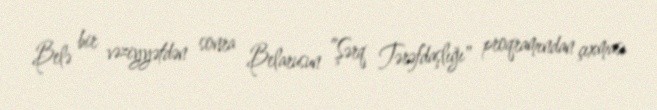
Belə bir vəziyyətdən sonra Belarusun ”Şərq Tərəfdaşlığı" proqramından çıxması